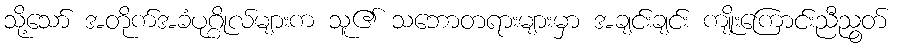
သို့သော် အတိုက်အခံပုဂ္ဂိုလ်များက သူ၏ သဘောတရားများမှာ အချင်းချင်း ကျိုးကြောင်းညီညွတ်